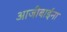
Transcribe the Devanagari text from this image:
आजीबाईंना